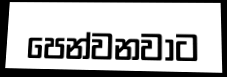
පෙන්වනවාට